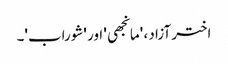
اختر آزاد ، 'مانجھی' اور 'شوراب'۔